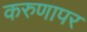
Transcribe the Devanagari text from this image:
करुणापर